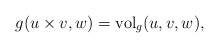
\begin{align*} g(u\times v,w) = \mathrm{vol}_g(u,v,w),\end{align*}